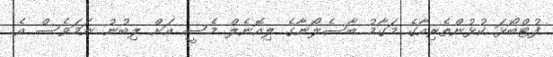
ފުޓްބޯޅަ ކުޅުންތެރިއާގެ މަގާމު ބާސެލޯނާގެ ލިއޮނެލް މެސީ އަށް ލިބުނު ނަމަވެސް އެ